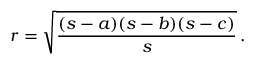
r = { \sqrt { \frac { ( s - a ) ( s - b ) ( s - c ) } { s } } } \, .